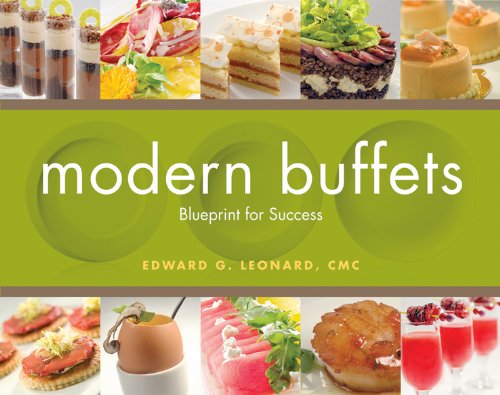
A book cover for Modern Buffets: Blueprint for Success; Edward G. Leonard; Cookbooks, Food & Wine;